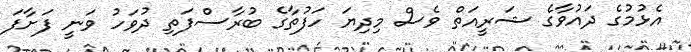
އެޅުމުގެ ދައުވާގެ ޝަރީއަތް ވެސް މިދިޔަ ހަފުތާގެ ބުރާސްފަތި ދުވަހު ވަނީ ފަށާފަ